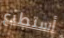
أستطيع